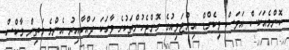
ކޮންމެއަކަސް އަވަސް ވީކެންޑް އިންޓަވިއުގެ ގޮންޖެހުންތަކުގެ ވާހަކަ ދައްކާއިރު އެންމެ މަތިން މާކްސް